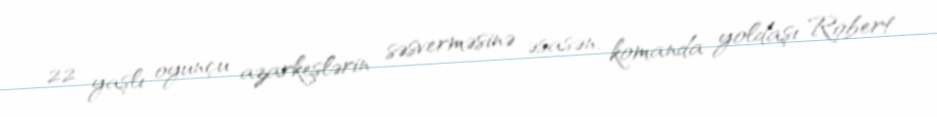
22 yaşlı oyunçu azarkeşlərin səsverməsinə əsasən, komanda yoldaşı Robert